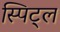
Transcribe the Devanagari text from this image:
स्पिट्ल